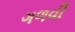
ગળવી